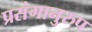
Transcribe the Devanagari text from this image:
प्रसंगानुरुप